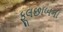
ફૂલછાબના